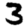
Digit: 3